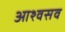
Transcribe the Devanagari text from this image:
आश्वसव